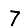
Digit: 7